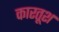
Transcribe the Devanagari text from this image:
कारतूश